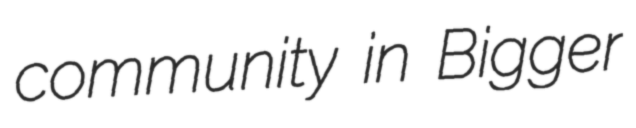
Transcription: community in Bigger